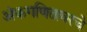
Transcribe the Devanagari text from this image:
अंकगणितावरचे